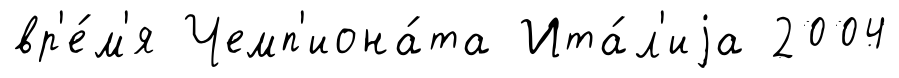
вр'е́м'я Чемп'иона́та Ита́л'иjа 2004